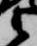
衛